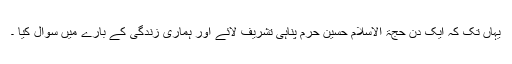
یہاں تک کہ ایک دن حجۃ الاسلام حسین حرم پناہی تشریف لائے اور ہماری زندگی کے بارے میں سوال کیا ۔